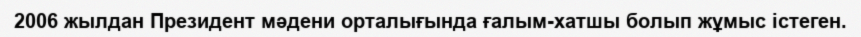
2006 жылдан Президент мәдени орталығында ғалым-хатшы болып жұмыс істеген.